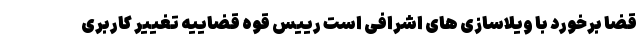
قضا برخورد با ویلاسازی ‌های اشرافی است رییس قوه قضاییه تغییر کاربری